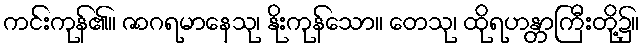
ကင်းကုန်၏။ ဇာဂရမာနေသု၊ နိုးကုန်သော။ တေသု၊ ထိုရဟန္တာကြီးတို့၌။